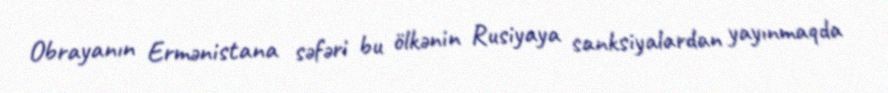
Obrayanın Ermənistana səfəri bu ölkənin Rusiyaya sanksiyalardan yayınmaqda